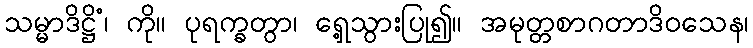
သမ္မာဒိဋ္ဌိံ၊ ကို။ ပုရက္ခတွာ၊ ရှေ့သွားပြု၍။ အမုတ္တစာဂတာဒိဝသေန၊